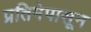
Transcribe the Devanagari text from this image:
प्रतिमेपासून